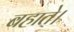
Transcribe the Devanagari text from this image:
बहाते।